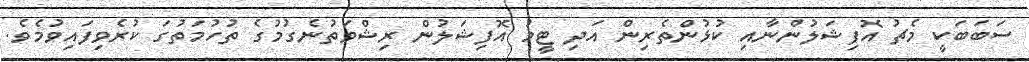
ސަބަބަކީ މެޗު އޮފިޝަލުންނާއި ކުޅުންތެރިން އަދި ޓީމު އޮފިޝަލުން ރިޝްވަތުނެގުމުގެ ތުހުމަތުގަ ކުރެވިފައިވުމެވެ.